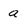
Character: a